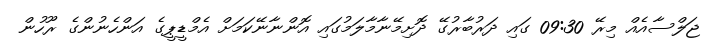
ޖަލްސާއެއް މިރޭ 09:30 ގައި ދަރުބާރުގޭ ދޮށިމޭނާމާލަމުގައި އޮންނާނޭކަމަށް އެމްޑީޕީގެ އަންހެނުންގެ ރޫހުން